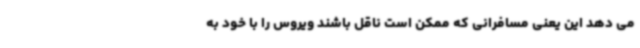
می دهد این یعنی مسافرانی که ممکن است ناقل باشند ویروس را با خود به